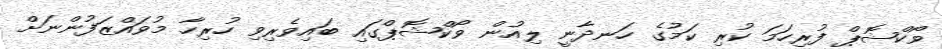
ވޯކްޝޮޕް ފުރިހަމަ ކުރި ކަމުގެ ހަނދާނީ ލިއުން ވޯކްޝޮޕްގައި ބައިވެރިވި ހުރިހާ މުވައްޒަފުންނަށް